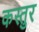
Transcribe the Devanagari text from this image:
कस्तुर